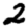
Digit: 2